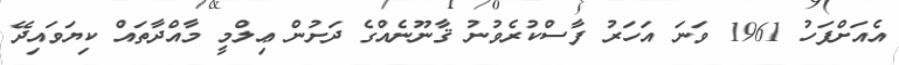
އެއަށްފަހު 1961 ވަނަ އަހަރު ފާސްކުރެވުނު ޤާނޫނެއްގެ ދަށުން ޢިލްމީ މާއްދާތައް ކިޔަވައިދޭ